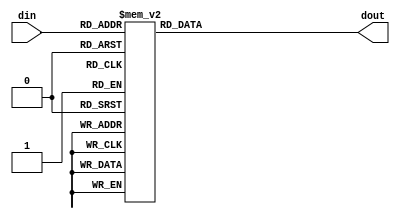
`timescale 1ns / 1ps
//////////////////////////////////////////////////////////////////////////////////
// Company: 
// Engineer: 
// 
// Design Name: 
// Module Name: digt_dec
// Project Name: 
// Target Devices: 
// Tool Versions: 
// Description: 
// 
// Dependencies: 
// 
// Revision:
// Revision 0.01 - File Created
// Additional Comments:
// 
//////////////////////////////////////////////////////////////////////////////////


module digt_dec(
    output reg [6:0] dout,
    input [3:0] din
    );

    always @(din) begin
        case (din)
            // cathodes are a b c d e f g, in this order (active on 0)
            4'b0000: dout <= 7'b0000001;
            4'b0001: dout <= 7'b1001111;
            4'b0010: dout <= 7'b0010010;
            4'b0011: dout <= 7'b0000110;
            4'b0100: dout <= 7'b1001100;
            4'b0101: dout <= 7'b0100100;
            4'b0110: dout <= 7'b0100000;
            4'b0111: dout <= 7'b0001111;
            4'b1000: dout <= 7'b0000000;
            4'b1001: dout <= 7'b0000100;
            4'b1010: dout <= 7'b0001000;
            4'b1011: dout <= 7'b1100000;
            4'b1100: dout <= 7'b0110001;
            4'b1101: dout <= 7'b1000010;
            4'b1110: dout <= 7'b0110000;
            4'b1111: dout <= 7'b0111000;
        endcase
    end
endmodule